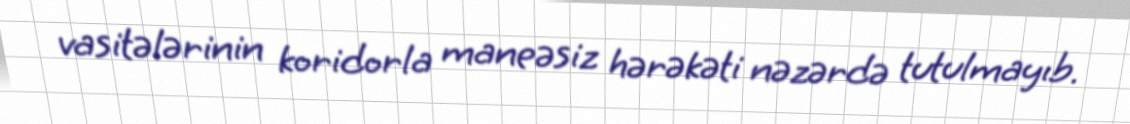
vasitələrinin koridorla maneəsiz hərəkəti nəzərdə tutulmayıb.